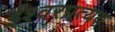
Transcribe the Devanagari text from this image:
ईश्वरप्रत्यय